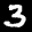
Label: 3